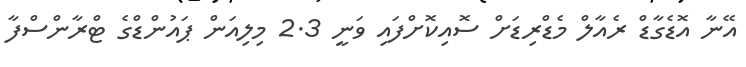
އޭނާ އޮޑެގާޑް ރެއާލް މެޑްރިޑަށް ސޮއިކޮށްފައި ވަނީ 2.3 މިލިއަން ޕައުންޑްގެ ޓްރާންސްފާ